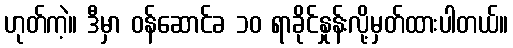
ဟုတ်ကဲ့။ ဒီမှာ ဝန်ဆောင်ခ ၁၀ ရာခိုင်နှုန်းလို့မှတ်ထားပါတယ်။